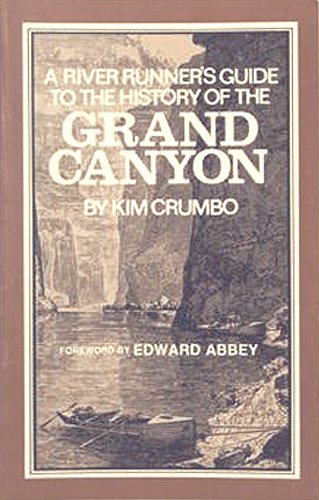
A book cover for A River Runner's Guide to the History of the Grand Canyon; Kim Crumbo; Sports & Outdoors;